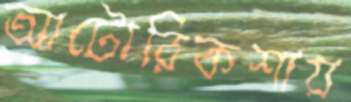
আটোরিকশায়